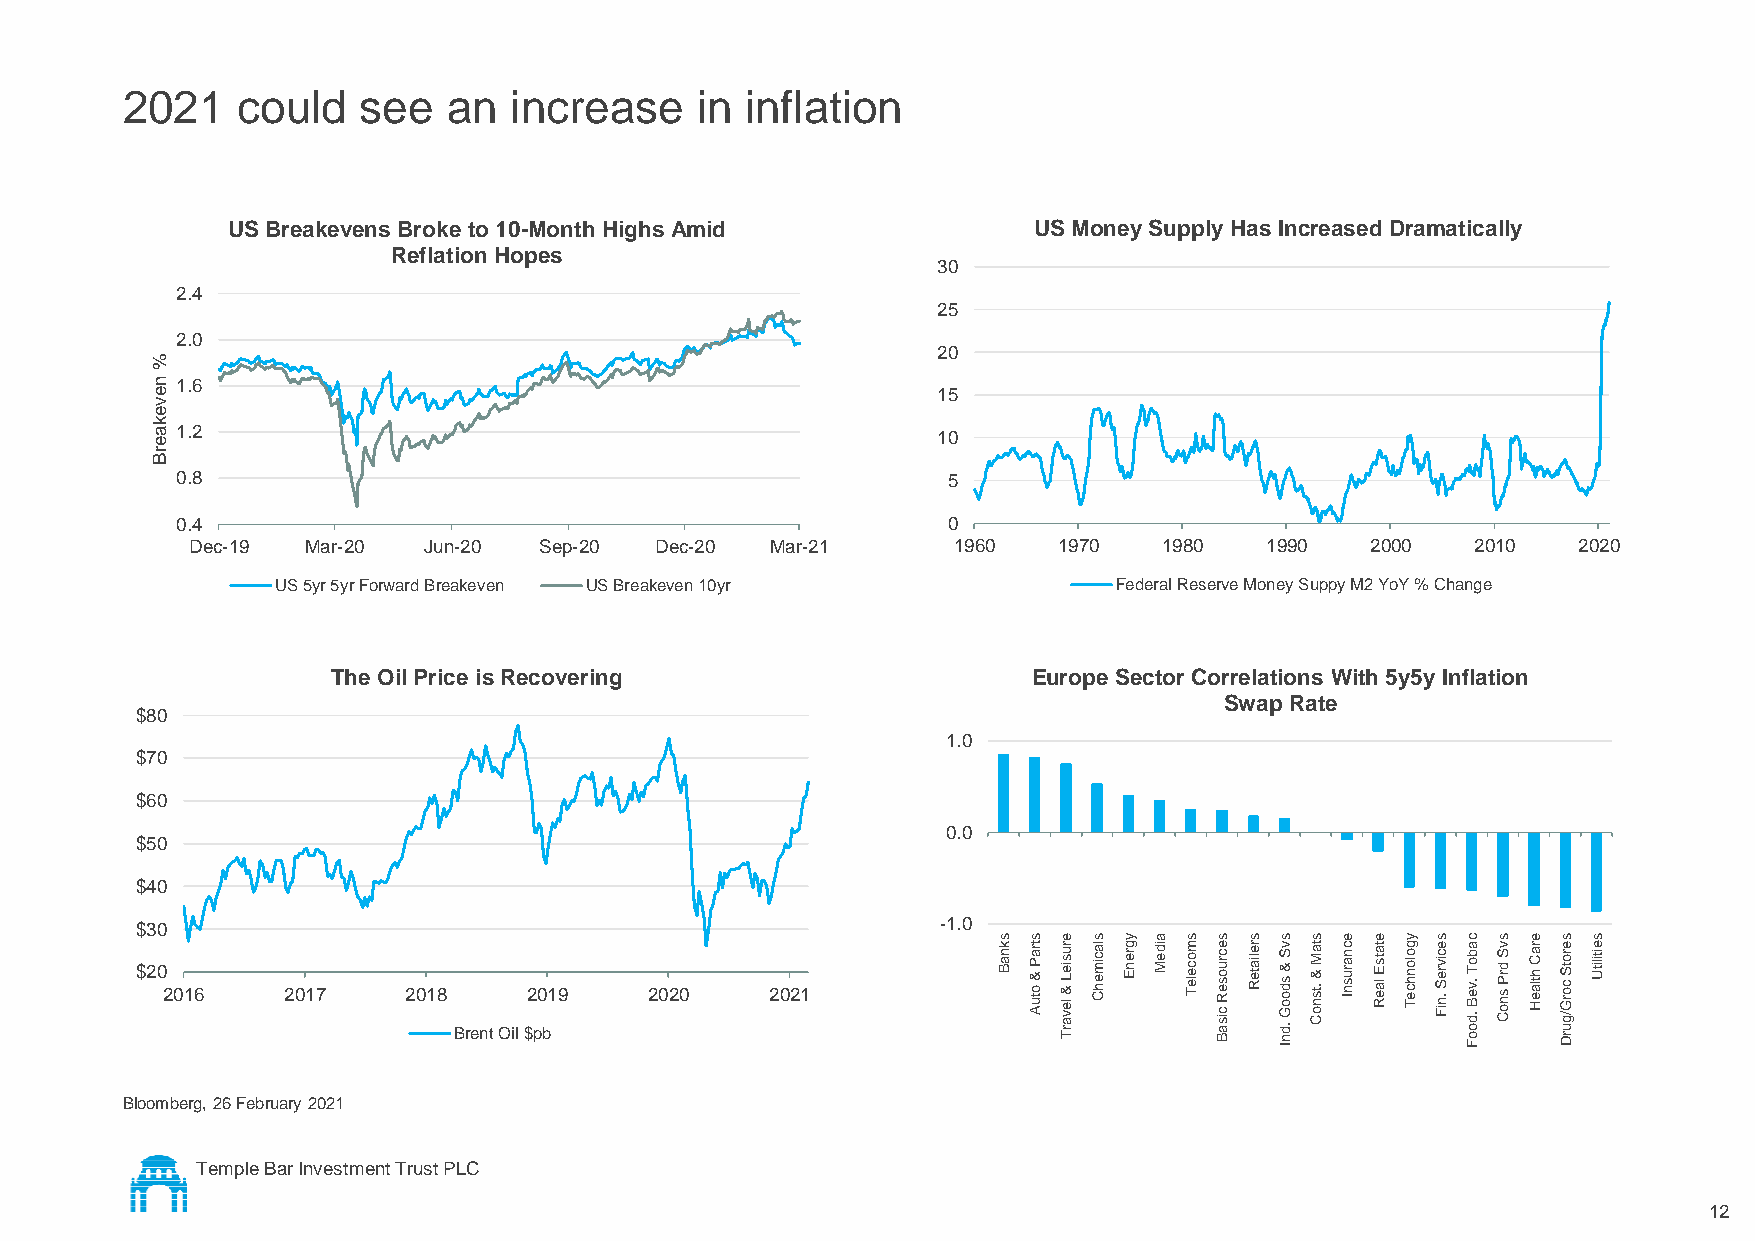
2021    could   see   an  increase    in inflation
 US Breakevens Broke to 10-Month Highs Amid           US Money Supply Has Increased Dramatically
 Reflation Hopes
 30
 2.4
 25
 2.0
 20
 %
 n 1.6
 e                                                   15
 v
 e
 k
 a 1.2                                               10
 e
 rB
 0.8                                                5
 0.4                                                0
 Dec-19 Mar-20  Jun-20  Sep-20 Dec-20  Mar-21      1960   1970   1980   1990   2000   2010  2020
 US 5yr 5yr Forward Breakeven US Breakeven 10yr          Federal Reserve Money Suppy M2 YoY % Change
 The Oil Price is Recovering                   Europe Sector Correlations With 5y5y Inflation
 Swap Rate
 $80
 1.0
 $70
 $60
 0.0
 $50
 $40
 $30                                                  -1.0
 s s e s y a s s  s s s e e y s c s e s s
 $20 2016  2017    2018 Brent Oil $2 p0 b19 2020 2021
 k
 n a B
 tra
 P & o tu A
 ru
 s ie L & le v a rT
 la
 c im e h C
 g
 re n E
 id
 e M
 m
 o c e le T
 e
 c ru o s e R c is a B
 re
 lia te R
 v
 S & s d o o G .d n I
 ta
 M & .ts n o C
 c
 n a ru s n I
 ta
 ts E la e R
 g
 o lo n h c e T
 e
 c iv re S .n iF
 a
 b o T .v e B .d o o F
 v
 S d rP s n o C
 ra
 C h tla e H
 e
 ro tS c o rG /g u rD
 e
 itilitU
 Bloomberg, 26 February 2021
 Temple Bar Investment Trust PLC
 12